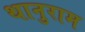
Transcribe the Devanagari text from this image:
थानुराम